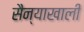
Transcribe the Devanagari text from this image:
सैन्याखाली